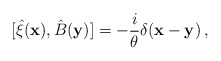
\begin{align*}[{\hat \xi}({\bf x}),{\hat B}({\bf y})]=-{i\over\theta}\delta({\bf x}-{\bf y})\,,\end{align*}